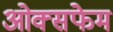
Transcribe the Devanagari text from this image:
ओक्सफेम